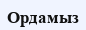
Ордамыз